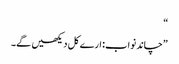
“
”چاند نواب: ارے کل دیکھیں گے۔